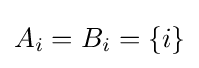
A_{i}=B_{i}=\{i\}